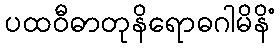
ပထဝီဓာတုနိရောဓဂါမိနိံ